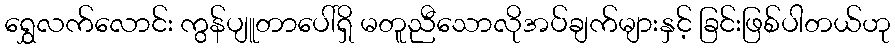
ရွှေလက်လောင်း ကွန်ပျူတာပေါ်ရှိ မတူညီသောလိုအပ်ချက်များနှင့် ခြင်းဖြစ်ပါတယ်ဟု